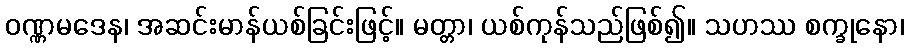
ဝဏ္ဏမဒေန၊ အဆင်းမာန်ယစ်ခြင်းဖြင့်။ မတ္တာ၊ ယစ်ကုန်သည်ဖြစ်၍။ သဟဿ စက္ခုနော၊